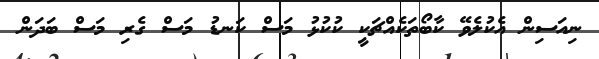
ނިއަސިން އެކުލެވޭ ކާބޯތަކެއްޗަކީ ކުކުޅު މަސް ކަނޑު މަސް ގެރި މަސް ބަދަން